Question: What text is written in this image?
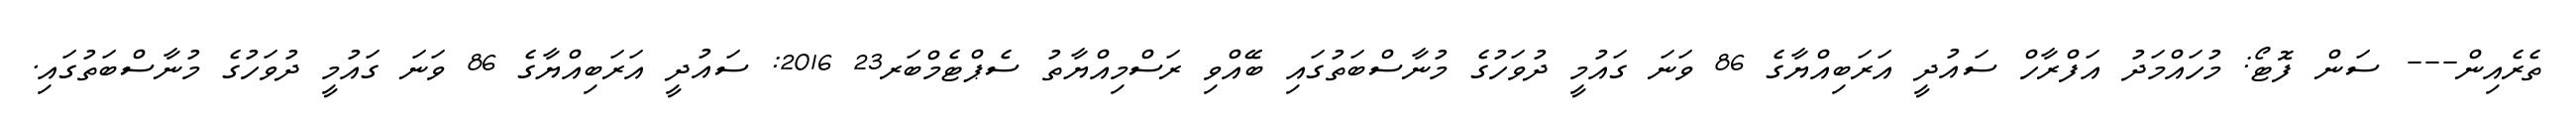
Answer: ތެރެއިން--- ސަން ފޮޓޯ: މުހައްމަދު އަފްރާހް ސައުދީ އަރަބިއްޔާގެ 86 ވަނަ ގައުމީ ދުވަހުގެ މުނާސްބަތުގައި ބޭއްވި ރަސްމިއްޔާތު ސެޕްޓެމްބަރ23 2016: ސައުދީ އަރަބިއްޔާގެ 86 ވަނަ ގައުމީ ދުވަހުގެ މުނާސްބަތުގައި.